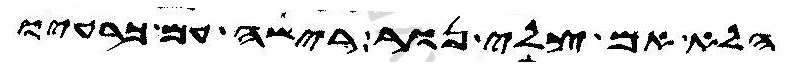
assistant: הלא אם צלי נור רישה עם כרעיו